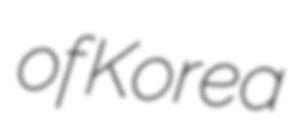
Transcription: of Korea